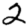
Digit: 2